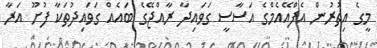
މީގެ އިތުރުން އެފްއޭއެމްގެ އަސާސީ ގަވައިދާ ރާއްޖޭގެ ބައެއް ގަވައިދުތަކާ ފުށޫ އަރާ